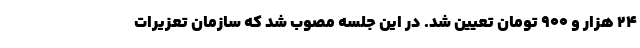
۲۴ هزار و ۹۰۰ تومان تعیین شد. در این جلسه مصوب شد که سازمان تعزیرات